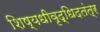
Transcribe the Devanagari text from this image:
शिष्यधीवृद्धिदतंत्र